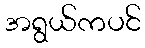
အရွယ်ကပင်